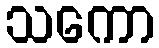
သကော